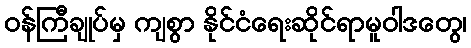
ဝန်ကြီချုပ်မှ ကျစွာ နိုင်ငံရေးဆိုင်ရာမူဝါဒတွေ၊